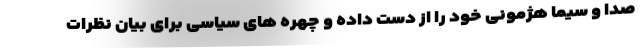
صدا و سیما هژمونی خود را از دست داده و چهره های سیاسی برای بیان نظرات